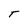
Character: T